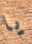
يا